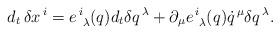
LaTeX: \begin{align*}{d _t} \, \delta x^{\,i} = e^{\,i}_{\,\,\,\lambda} ( q )d_t \delta q^{\,\lambda}+ \partial_{\mu} e^{\,i}_{\,\,\,\lambda} ( q ) \dot{q}^{\,\mu} \delta q^{\,\lambda} .\end{align*}